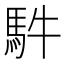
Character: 䭽